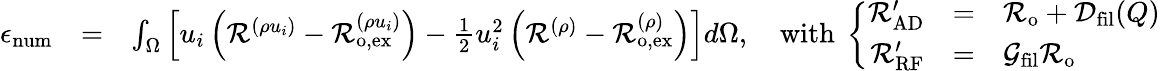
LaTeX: \begin{array}{rlr}{\epsilon_{\mathrm{num}}}&{=}&{\int_{\Omega}\left[u_{i}\left(\mathcal{R}^{(\rho u_{i})}-\mathcal{R}_{\mathrm{o,ex}}^{(\rho u_{i})}\right)-\frac{1}{2}u_{i}^{2}\left(\mathcal{R}^{(\rho)}-\mathcal{R}_{\mathrm{o,ex}}^{(\rho)}\right)\right]d\Omega,\quad\mathrm{with}\ \left\{ \begin{array}{rcl}{\mathcal{R}_{\mathrm{AD}}^{\prime}}&{=}&{\mathcal{R}_{\mathrm{o}}+\mathcal{D}_{\mathrm{fil}}(Q)}\\ {\mathcal{R}_{\mathrm{RF}}^{\prime}}&{=}&{\mathcal{G}_{\mathrm{fil}}\mathcal{R}_{\mathrm{o}}}\end{array}\right.}\end{array}